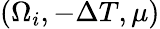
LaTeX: (\Omega_{i},-\Delta T,\mu)